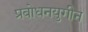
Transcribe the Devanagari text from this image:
प्रबोधनयुगीन